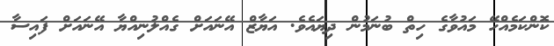
ކޮންކަމެއްހޭ މައުވާގެ ހިތް ބުނަމުން ދިޔައެވެ. އަޔާޒް އޭނައަށް ގެއްލުނިއްޔާ އޭނައަށް ފައިސާ